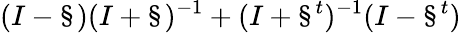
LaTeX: (I-\S)(I+\S)^{-1}+(I+\S^{t})^{-1}(I-\S^{t})